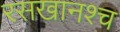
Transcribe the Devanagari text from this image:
रसखानश्च